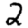
Digit: 2